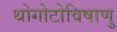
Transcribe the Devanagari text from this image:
थोगोटोविषाणु